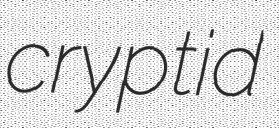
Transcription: cryptid